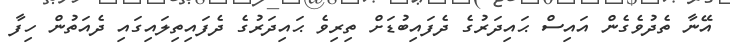
އޭނާ ތެދުވެގެން އައިސް ޙައިދަރުގެ ދެފައިބުޑަށް ތިރިވެ ޙައިދަރުގެ ދެފައިތިލައިގައި ދެއަތުން ހިފާ